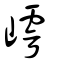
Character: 嶀